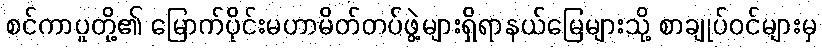
စင်ကာပူတို့၏ မြောက်ပိုင်းမဟာမိတ်တပ်ဖွဲ့များရှိရာနယ်မြေများသို့ စာချုပ်ဝင်များမှ